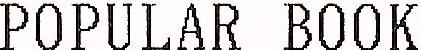
POPULAR BOOK